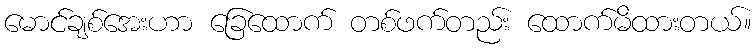
မောင်ချစ်အေးဟာ ခြေထောက် တစ်ဖက်တည်း ထောက်မိထားတယ်။